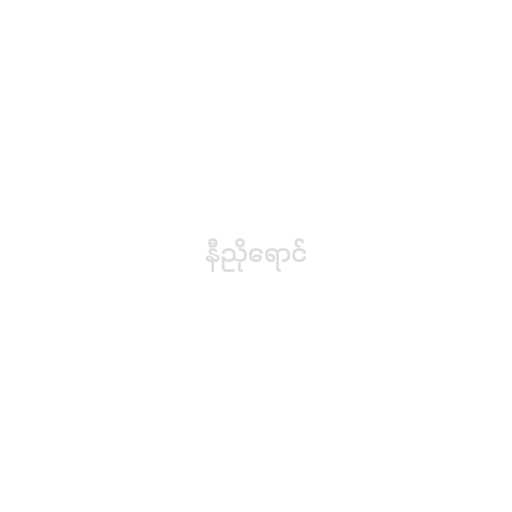
နီညိုရောင်